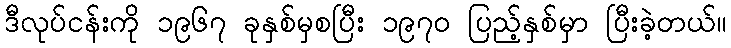
ဒီလုပ်ငန်းကို ၁၉၆၇ ခုနှစ်မှစပြီး ၁၉၇၀ ပြည့်နှစ်မှာ ပြီးခဲ့တယ်။